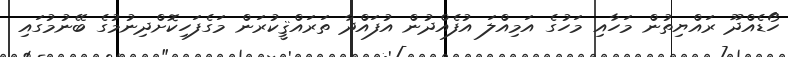
ހޯޑެއްދޫ ރައްޔިތުން މަހާއި މަހުގެ އަމިއްލަ އުފެއްދުން އުފައްދާ ތަރައްޤީކުރަން މަގެފަހިކޮށްދިނުމުގެ ބޭނުމުގައި